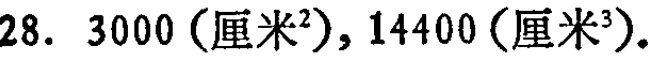
28. \(3000(\text{厘米}^2),14400(\text{厘米}^3)\)